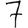
Digit: 7